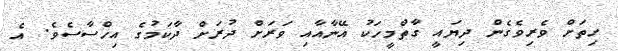
ހިތަށް ވެރިވެގެން ދިޔައީ ގާތްމީހަކު އޭނާއާއި ވަރަށް ދުރަށް ދާކަމުގެ އިހްސާސެވެ. އެ